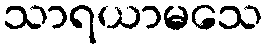
သာရယာမသေ